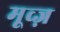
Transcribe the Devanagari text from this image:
मूव्ज़